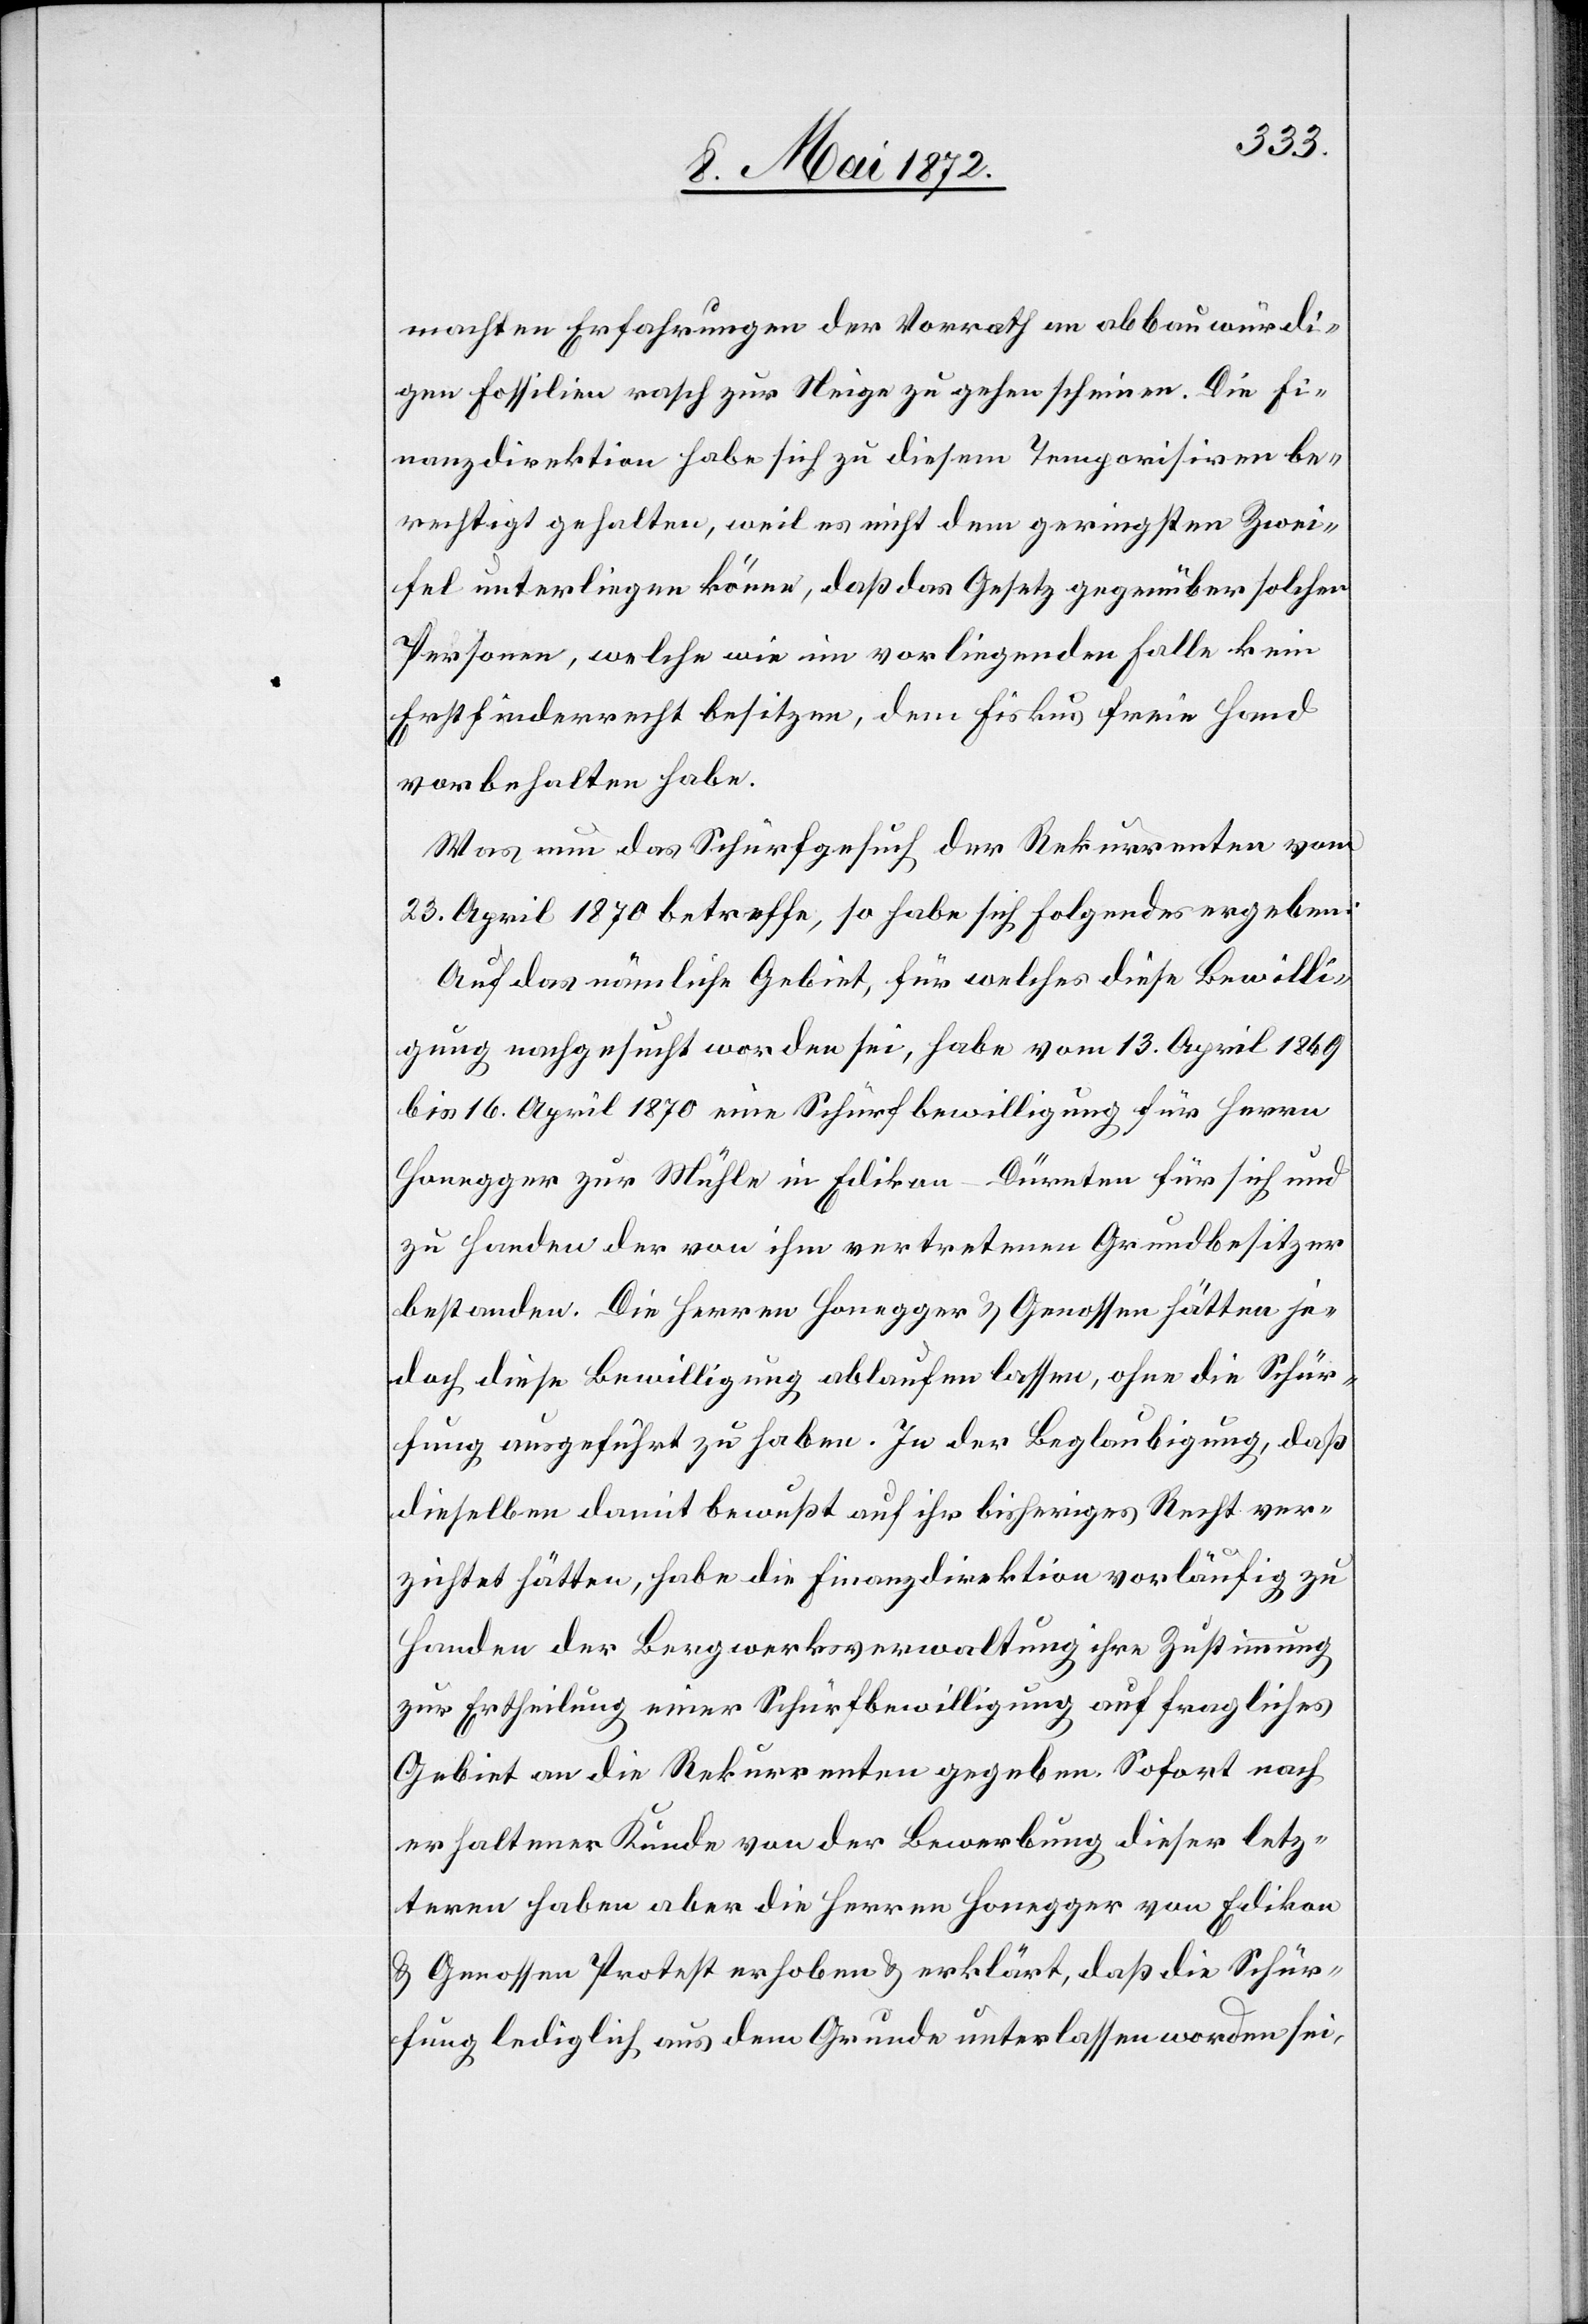
machten Erfahrungen der Vorrath an abbauwürdi¬
gen Fossilien rasch zur Neige zu gehen scheinen. Die Fi¬
nanzdirektion habe sich zu diesem Temporisiren be¬
rechtigt gehalten, weil es nicht dem geringsten Zwei¬
fel unterliegen könne, daß das Gesetz gegenüber solcher
Personen, welche wie im vorliegenden Falle kein
Erstfinderrecht besitzen, dem Fiskus freie Hand
vorbehalten habe.
Was nun das Schürfgesuch der Rekurrenten vom
23. April 1870 betreffe, so habe sich folgendes ergeben:
Auf das nämliche Gebiet, für welches diese Bewilli¬
gung nachgesucht worden sei, habe vom 13. April 1969
bis 16. April 1870 eine Schürfbewilligung für Herren
Honegger zur Mühle in Edikon-Dürnten für sich und
zu Handen der von ihm vertretenen Grundbesitzer
bestanden. Die Herren Honegger u. Genossen hätten je¬
doch diese Bewilligung ablaufen lassen, ohne die Schür¬
fung ausgeführt zu haben. In der Beglaubigung, daß
dieselben damit bewußt auf ihr bisheriges Recht ver¬
zichtet hätten, habe die Finanzdirektion vorläufig zu
Handen der Bergwerksverwaltung ihre Zustimmung
zur Ertheilung einer Schürfbewilligung auf fragliches
Gebiet an die Rekurrenten gegeben. Sofort nach
erhaltener Kunde von der Bewerbung dieser letz¬
teren haben aber die Herren Honegger von Edikon
u. Genossen Protest erhoben u. erklärt, daß die Schür¬
fung lediglich aus dem Grunde unterlassen worden sei,